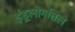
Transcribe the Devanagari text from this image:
इंड्रलोगत्तिल